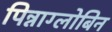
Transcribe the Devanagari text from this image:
पिन्नाग्लोबिन